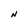
Character: N